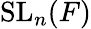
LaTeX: \mathrm{SL}_{n}(F)